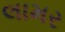
લામર